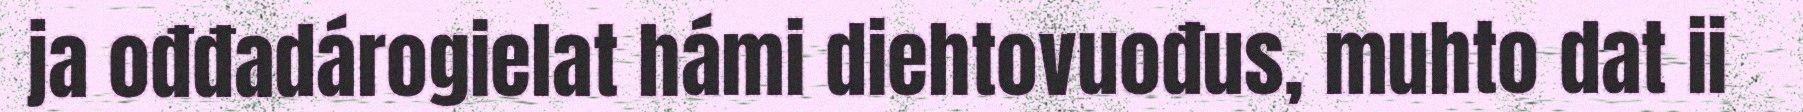
ja ođđadárogielat hámi diehtovuođus, muhto dat ii